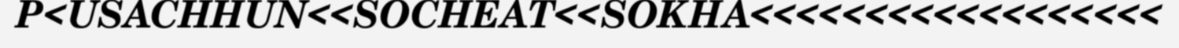
P<USACHHUN<<SOCHEAT<<SOKHA<<<<<<<<<<<<<<<<<<